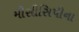
મીસીસિપીના